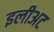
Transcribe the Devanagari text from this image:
इलीअट